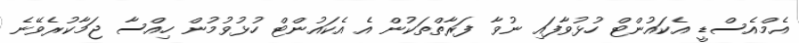
އެމްއެސްޑީ އެކައުންޓް ހުޅުވާފައި ނުވާ ފަރާތްތަކުން އެ އެކައުންޓް ހުޅުވުމުން ހިއްސާ ޖަމާކުރެވޭނެ